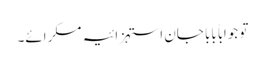
تو جواباً بابا جان استہزائیہ مسکرائے۔